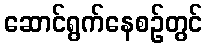
ဆောင်ရွက်နေစဉ်တွင်